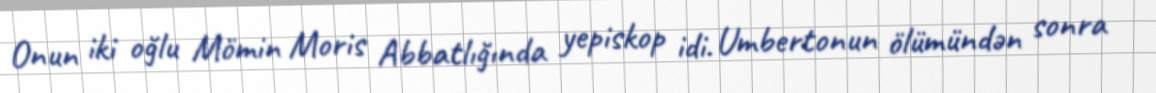
Onun iki oğlu Mömin Moris Abbatlığında yepiskop idi. Umbertonun ölümündən sonra